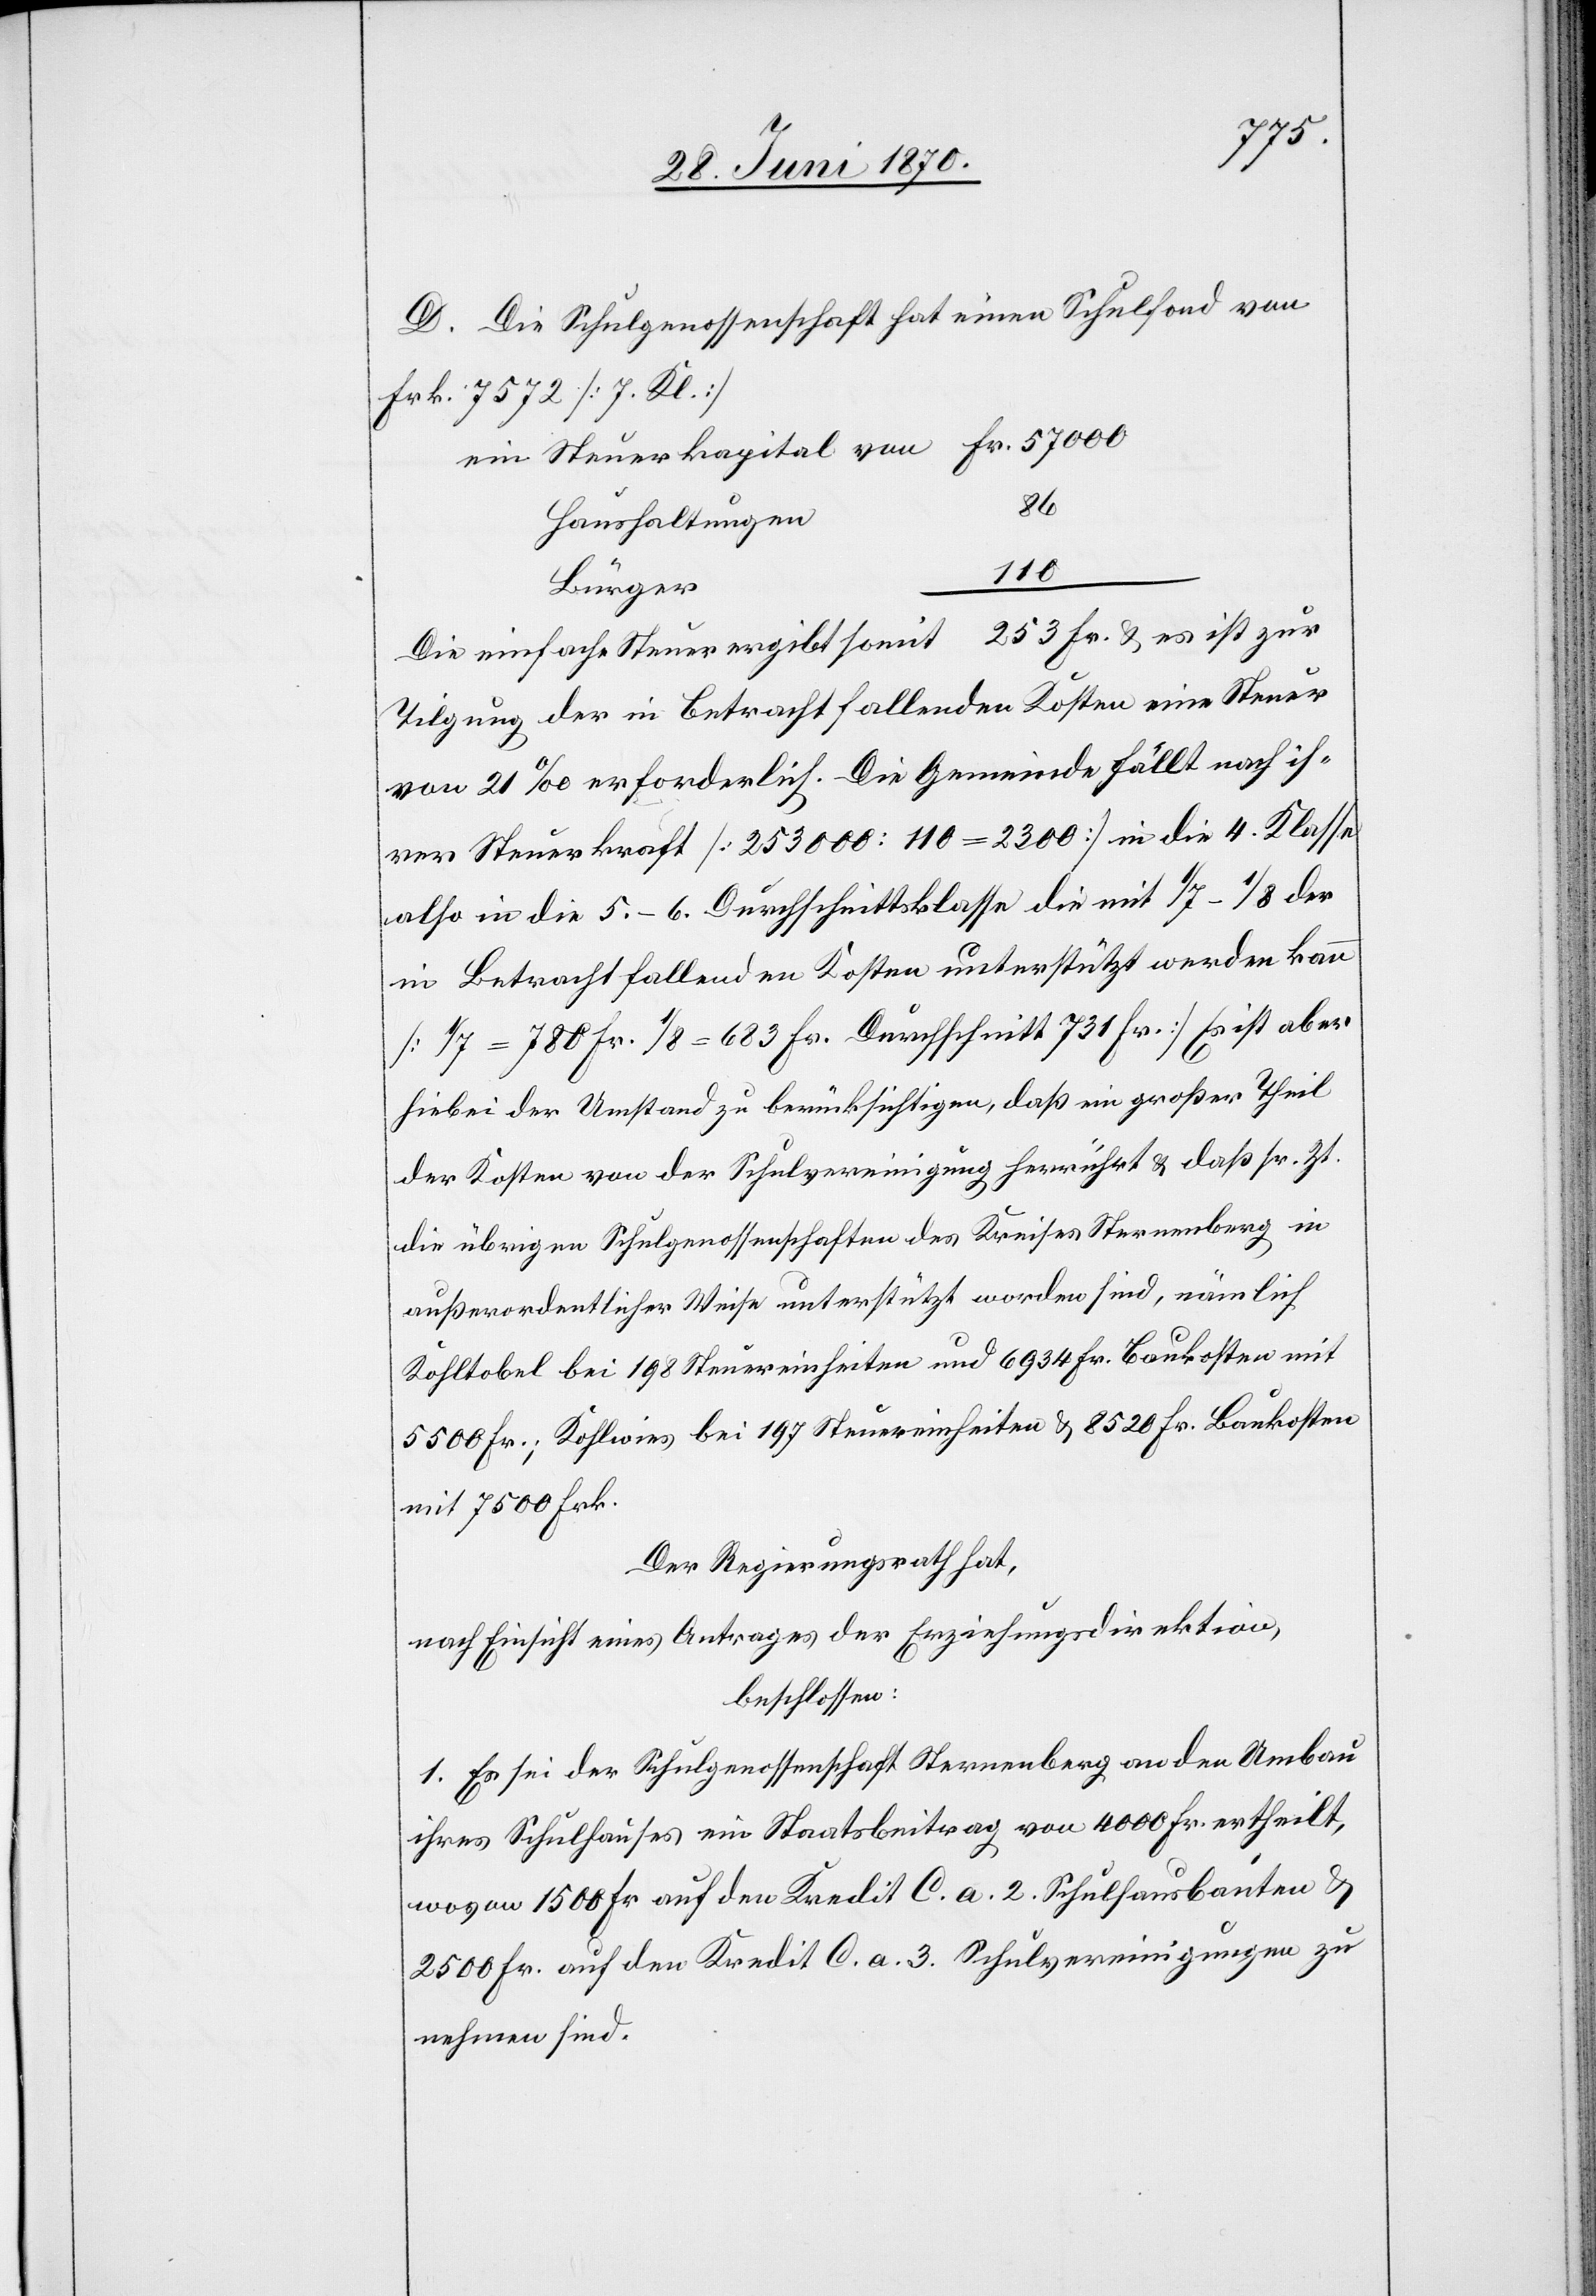
D. Die Schulgenossenschaft hat einen Schulfond von
Frk. 7572 [7. Kl.]
ein Steuerkapital von Fr. 57 000
Haushaltungen
110
Bürger
Die einfache Steuer ergibt somit 253 Fr. & es ist zur
Tilgung der in Betracht fallenden Kosten eine Steuer
von 21‰ erforderlich. Die Gemeinde fällt nach ih¬
rer Steuerkraft [253 000 : 110 = 2300] in die 4. Klasse
also in die 5.–6. Durchschnittsklasse die mit 1/7–1/8 der
in Betracht fallenden Kosten unterstützt werden kann
[1/7 = 780 Fr. 1/8 = 683 Fr. Durchschnitt 731 Fr.] Es ist aber
hiebei der Umstand zu berücksichtigen, daß ein großer Theil
der Kosten von der Schulvereinigung herrührt & daß sr. Zt.
die übrigen Schulgenossenschaften des Kreises Sternenberg in
außerordentlicher Weise unterstützt worden sind, nämlich
Kohltobel bei 198 Steuereinheiten und 6934 Fr. Baukosten mit
5500 Fr.; Kohlwies bei 197 Steuereinheiten & 8520 Fr. Baukosten
mit 7500 Frk.
Der Regierungsrath hat,
nach Einsicht eines Antrages der Erziehungsdirektion,
beschlossen:
1. Es sei der Schulgenossenschaft Sternenberg an den Umbau
ihres Schulhauses ein Staatsbeitrag von 4000 Fr. ertheilt,
wovon 1500 Fr. auf den Kredit C. a. 2 Schulhausbauten &
2500 Fr. auf den Kredit C. a. 3. Schulvereinigungen zu
nehmen sind.